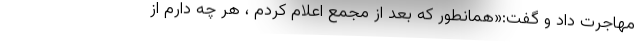
مهاجرت داد و گفت:«همانطور که بعد از مجمع اعلام کردم ، هر چه دارم از